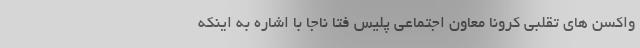
واکسن های تقلبی کرونا معاون اجتماعی پلیس فتا ناجا با اشاره به اینکه